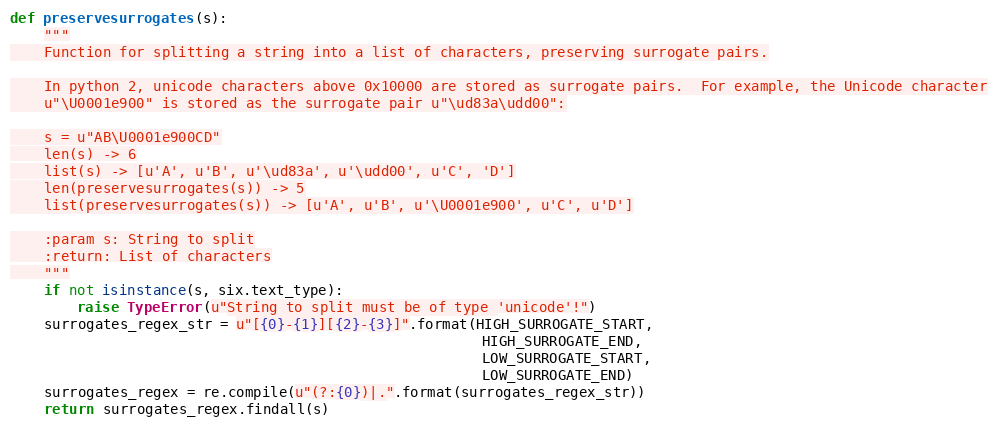
Language: Python
def preservesurrogates(s):
    """
    Function for splitting a string into a list of characters, preserving surrogate pairs.

    In python 2, unicode characters above 0x10000 are stored as surrogate pairs.  For example, the Unicode character
    u"\U0001e900" is stored as the surrogate pair u"\ud83a\udd00":

    s = u"AB\U0001e900CD"
    len(s) -> 6
    list(s) -> [u'A', u'B', u'\ud83a', u'\udd00', u'C', 'D']
    len(preservesurrogates(s)) -> 5
    list(preservesurrogates(s)) -> [u'A', u'B', u'\U0001e900', u'C', u'D']

    :param s: String to split
    :return: List of characters
    """
    if not isinstance(s, six.text_type):
        raise TypeError(u"String to split must be of type 'unicode'!")
    surrogates_regex_str = u"[{0}-{1}][{2}-{3}]".format(HIGH_SURROGATE_START,
                                                        HIGH_SURROGATE_END,
                                                        LOW_SURROGATE_START,
                                                        LOW_SURROGATE_END)
    surrogates_regex = re.compile(u"(?:{0})|.".format(surrogates_regex_str))
    return surrogates_regex.findall(s)